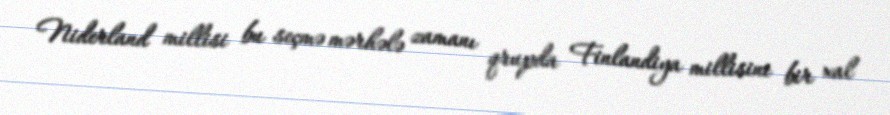
Niderland millisi bu seçmə mərhələ zamanı qrupda Finlandiya millisini bir xal